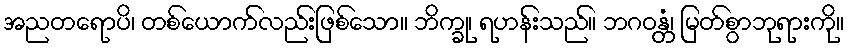
အညတရောပိ၊ တစ်ယောက်လည်းဖြစ်သော။ ဘိက္ခု၊ ရဟန်းသည်။ ဘဂဝန္တံ၊ မြတ်စွာဘုရားကို။